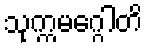
သုက္ကမဂ္ဂေါတိ